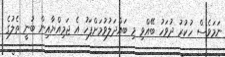
ނަމަވެސް ހުކުރު ދުވަހު ބޭއްވި މި ބައްދަލުވުމަށްފަހު އެ ޖަމިއްޔާއިން ބުނީ ތެލުގެ